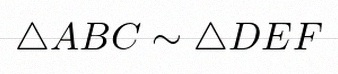
\triangle ABC\sim\triangle DEF